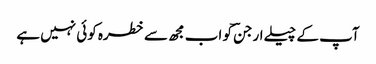
آپ کے چیلے ارجنؔ کو اب مجھ سے خطرہ کوئی نہیں ہے